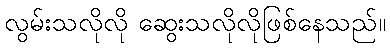
လွမ်းသလိုလို ဆွေးသလိုလိုဖြစ်နေသည်။